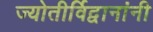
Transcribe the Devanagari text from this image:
ज्योतीर्विद्वानांनी